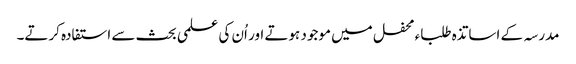
مدرسہ کے اساتذہ طلباء محفل میں موجود ہوتے اور اُن کی علمی بحث سے استفادہ کرتے۔